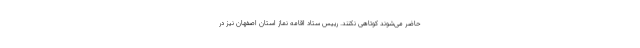
حاضر می‌شوند کوتاهی نکنند. رییس ستاد اقامه نماز استان اصفهان نیز در